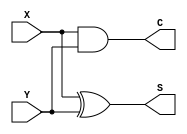
`timescale 1ns / 1ps
//////////////////////////////////////////////////////////////////////////////////
// Company: 
// Engineer: 
// 
// Design Name: 
// Module Name: Half_adder
// Project Name: 
// Target Devices: 
// Tool Versions: 
// Description: 
// 
// Dependencies: 
// 
// Revision:
// Revision 0.01 - File Created
// Additional Comments:
// 
//////////////////////////////////////////////////////////////////////////////////


module Half_adder(X,Y,C,S);
    input X, Y;
    output C,S;
    xor Gate1 (S,X,Y);
    and Gate2 (C,X,Y);

endmodule